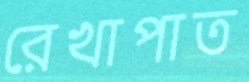
রেখাপাত